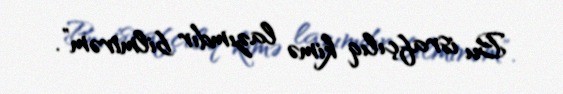
Bu israfçılıq kimə lazımdır bilmirəm”.